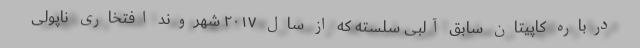
درباره کاپیتان سابق آلبی سلسته که از سال ۲۰۱۷ شهروند افتخاری ناپولی